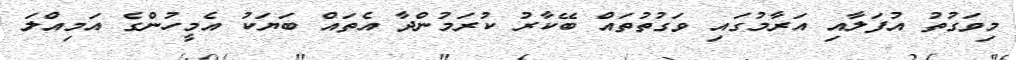
މިވަގުތު އުފަލާއި އަރާމުގައި ވަގުތުތައް ބޭކާރު ކުރަމުންދާ އެތައް ބަޔަކު އެމީހުންގެ އަމިއްލަ